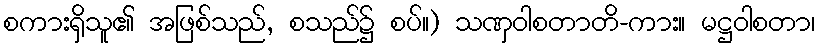
စကားရှိသူ၏ အဖြစ်သည်, စသည်၌ စပ်။) သဏှဝါစတာတိ-ကား။ မဋ္ဌဝါစတာ၊